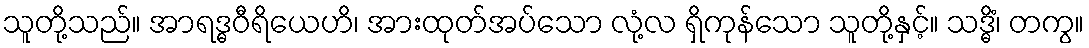
သူတို့သည်။ အာရဒ္ဓဝီရိယေဟိ၊ အားထုတ်အပ်သော လုံ့လ ရှိကုန်သော သူတို့နှင့်။ သဒ္ဓိံ၊ တကွ။